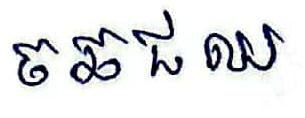
ចឆជឈ